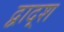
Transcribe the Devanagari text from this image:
द्वाद्श